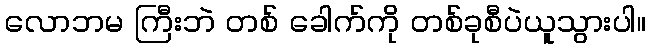
လောဘမ ကြီးဘဲ တစ် ခေါက်ကို တစ်ခုစီပဲယူသွားပါ။